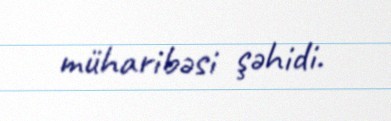
müharibəsi şəhidi.